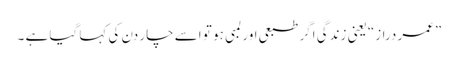
”عمر دراز“ یعنی زندگی اگر طبعی اور لمبی ہو تو اسے چار دن کی کہا گیا ہے ۔